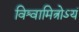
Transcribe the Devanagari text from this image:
विश्वामित्रोऽयं